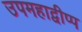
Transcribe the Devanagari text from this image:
उपमहाद्वीप्प